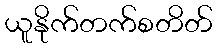
ယူနိုက်တက်စတိတ်